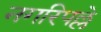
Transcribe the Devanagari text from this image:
नगरिपल्ले